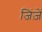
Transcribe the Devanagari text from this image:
जिंज़ें